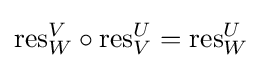
{\text{res}}_{W}^{V}\circ {\text{res}}_{V}^{U}={\text{res}}_{W}^{U}